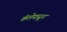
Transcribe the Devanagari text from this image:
कॅलेपासून